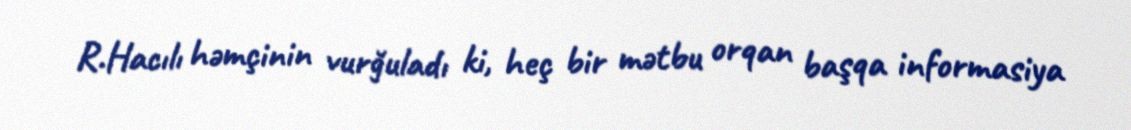
R.Hacılı həmçinin vurğuladı ki, heç bir mətbu orqan başqa informasiya